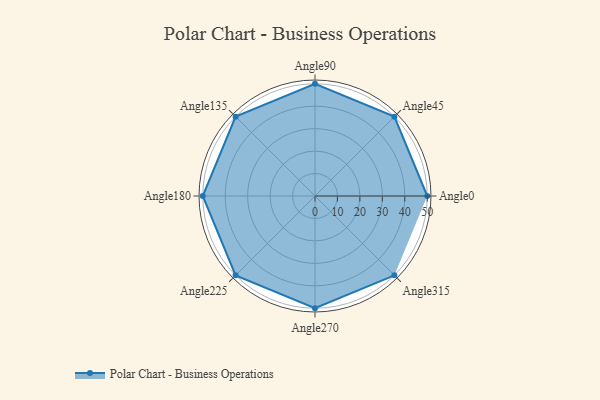
{"axis": {"x": "Angle", "y": "Radius"}, "legend": [""], "data": [{"x": "Angle0", "y": 50, "type": ""}, {"x": "Angle45", "y": 50, "type": ""}, {"x": "Angle90", "y": 50, "type": ""}, {"x": "Angle135", "y": 50, "type": ""}, {"x": "Angle180", "y": 50, "type": ""}, {"x": "Angle225", "y": 50, "type": ""}, {"x": "Angle270", "y": 50, "type": ""}, {"x": "Angle315", "y": 50, "type": ""}]}